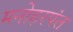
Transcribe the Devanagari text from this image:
मनोहरपंत